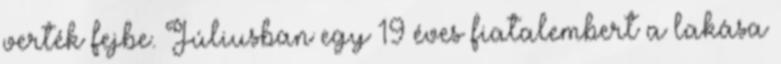
verték fejbe. Júliusban egy 19 éves fiatalembert a lakása